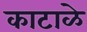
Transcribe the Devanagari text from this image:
काटाळे